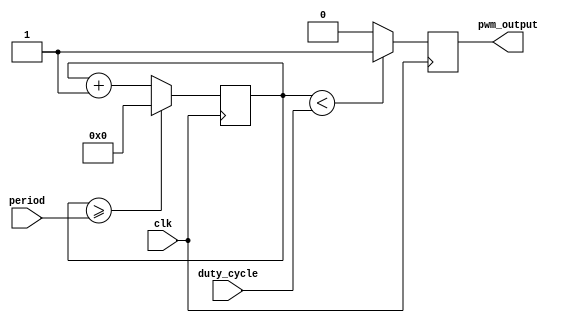
module PWM_generator (
    input wire [7:0] duty_cycle,
    input wire [15:0] period,
    input wire clk,
    output reg pwm_output
 );

 reg [15:0] counter;

 always @(posedge clk) begin
    counter <= counter + 1;
    
    if (counter >= period) begin
        counter <= 0;
    end
    
    if (counter < duty_cycle) begin
        pwm_output <= 1;
    end else begin
        pwm_output <= 0;
    end
end

endmodule